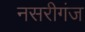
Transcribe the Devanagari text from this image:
नसरीगंज